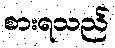
စားရသည်